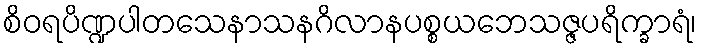
စိဝရပိဏ္ဍပါတသေနာသနဂိလာနပစ္စယဘေသဇ္ဇပရိက္ခာရံ၊